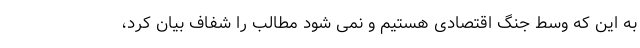
به این که وسط جنگ اقتصادی هستیم و نمی شود مطالب را شفاف بیان کرد،